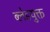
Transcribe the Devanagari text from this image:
ब्लेडयुक्त